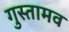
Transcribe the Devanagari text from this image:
गुस्तामव